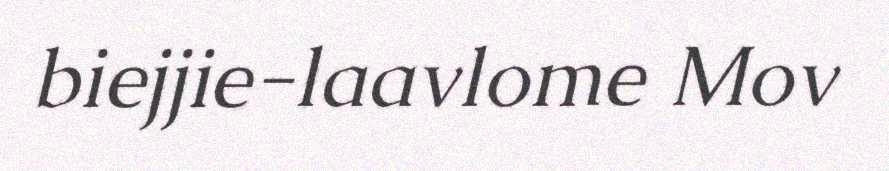
biejjie-laavlome Mov